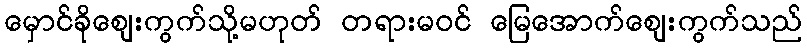
မှောင်ခိုဈေးကွက်သို့မဟုတ် တရားမဝင် မြေအောက်ဈေးကွက်သည်